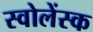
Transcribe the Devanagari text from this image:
स्वोलेंस्क